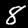
Label: 8